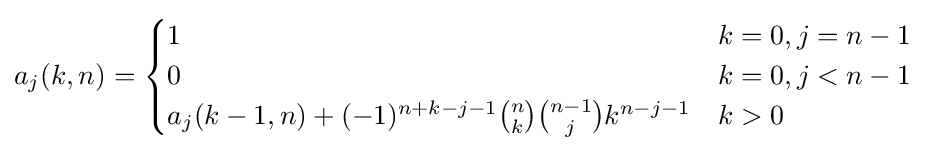
a_{j}(k,n)={\begin{cases}1&k=0,j=n-1\\0&k=0,j<n-1\\a_{j}(k-1,n)+(-1)^{n+k-j-1}{n \choose k}{{n-1} \choose j}k^{n-j-1}&k>0\end{cases}}